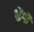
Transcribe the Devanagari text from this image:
शेंगी